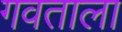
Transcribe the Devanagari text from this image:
गवताला